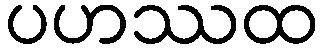
ပဟဿထ